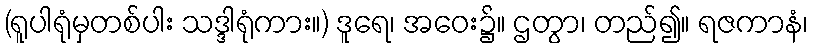
(ရူပါရုံမှတစ်ပါး သဒ္ဒါရုံကား။) ဒူရေ၊ အဝေး၌။ ဌတွာ၊ တည်၍။ ရဇကာနံ၊